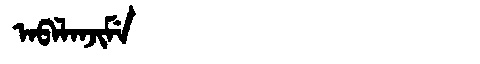
Manchu: ᠠᠪᠠᠯᠠᠨᠵᡳᠮᡝ
Romanization: ABALANJIME